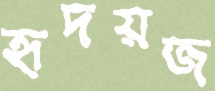
হৃদয়জ